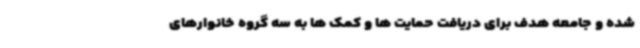
شده و جامعه هدف برای دریافت حمایت ها و کمک ها به سه گروه خانوارهای